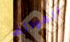
الهواتف